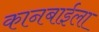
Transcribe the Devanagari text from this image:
कानबाईला